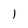
Character: I